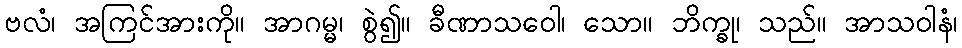
ဗလံ၊ အကြင်အားကို။ အာဂမ္မ၊ စွဲ၍။ ခီဏာသဝေါ၊ သော။ ဘိက္ခု၊ သည်။ အာသဝါနံ၊